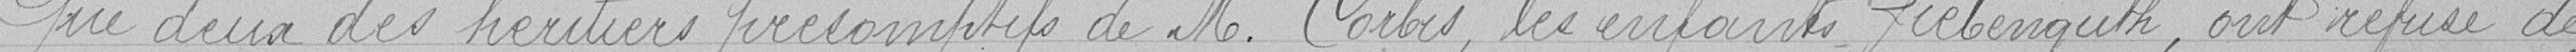
Que deux des héritiers présomptifs de Monsieur Corbis, les enfants Liebenguth, ont refusé de